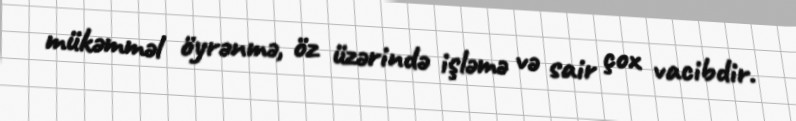
mükəmməl öyrənmə, öz üzərində işləmə və sair çox vacibdir.